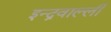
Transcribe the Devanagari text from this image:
इन्द्रवाल्ली